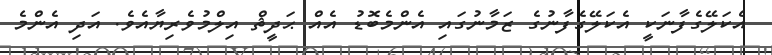
އެކަލޭގެފާނަކީ އެކަލޭގެފާނުގެ ޒަމާނުގައި އެންމެބޮޑު އެއް ޙަދީޘް އިލްމުވެރިޔާއެވެ. އަދި އެންމެ